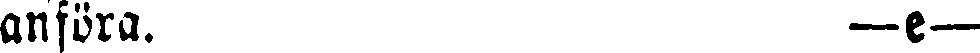
anföra. —e—